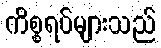
ကိစ္စရပ်များသည်